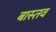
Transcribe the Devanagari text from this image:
बास्तव